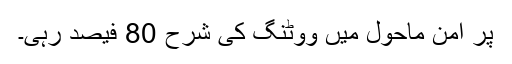
پْر امن ماحول میں ووٹنگ کی شرح 80 فیصد رہی۔